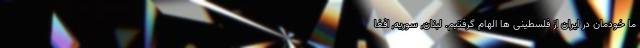
ما خودمان در ایران از فلسطینی ها الهام گرفتیم. لبنان, سوریه, افغا